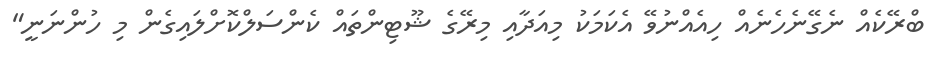
ބްރޭކެއް ނެގޭނެހެނެއް ހިއެއްނުވޭ އެކަމަކު މިއަދާއި މިރޭގެ ޝޫޓިންތައް ކެންސަލްކޮށްލައިގެން މި ހުންނަނީ"